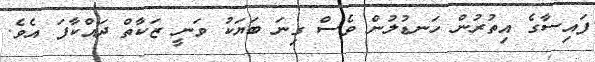
ފައިސާގެ އިތުރުން ހަނޑުލުން ވެސް ގިނަ ބަޔަކު ވަނީ ޒަކާތް ދައްކާފަ އެވެ.